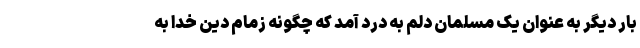
بار دیگر به عنوان یک مسلمان دلم به درد آمد که چگونه زمام دین خدا به